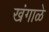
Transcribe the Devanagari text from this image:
खंगाळे